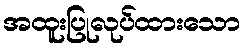
အထူးပြုလုပ်ထားသော